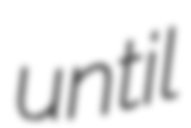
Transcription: until